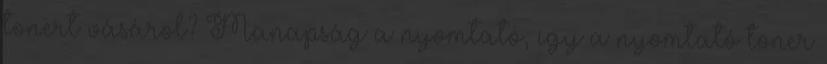
tonert vásárol? Manapság a nyomtató, így a nyomtató toner